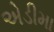
એડીમા